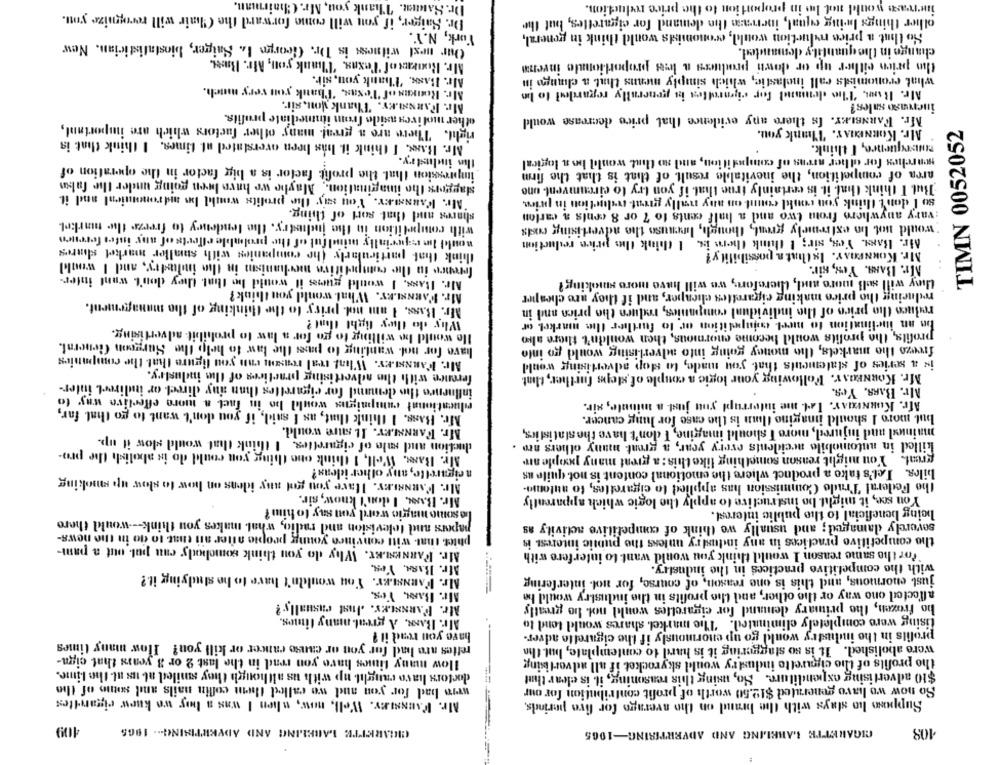
Dr. Saute. Thank you, Mr. Chairman.
increase would not Is in proportion to the price reduction.
Dr. Haiger, if you will come forward the Chair will recognize you.
other things being equal, increase the demand for cigarettes, but the
York, N.Y.
So that a price reduction would, economists would think in general,
Our next witness is Dr. George L. Saiger, biostatistician, New
change in the quantity demanded.
Mr. Rouras of Texas, Thank you, Mr. Bust.
the prien either up or down produces a less proportionale invera
Mr. Bass. 'Thank you, sir.
what economists call inelastic, which simply means that a change in
Mr. Roakas of Texas. Thank you very much.
Mfr. Ron, "The demand for cigarettes is generally regarded to be
Mr. FARNALEY. Thank you, sir.
inervaso sales?
other mol ivea aside from immediate profits.
Mr. FARNSLEY. Is there any evidence that price decrease would
right. There are a great many other factors which are important,
Mr. KORNEHAY. Thank you.
TIMN 0052052
Mr. Rsss. I think it has been overstated at times. I think that is
misequence, I think.
the industry.
searches for other areas of competition, and so that would be a logical
impression that the profit factor is a big factor in the operation of
area of competition, the inevitable result of that is that the firm
slaggers the imagination ., Maybe we have been going under the falsas
But I think that it is certainly true that if you try to circumvent une
"Mr. VARNsLEY. You siy the profits would be mdronesnienl and it
so I don't think you could count on any nally great reduction in price,
shares and that sort of thing.
:vary anywhere from two and a half cents fo 7 or 8 cents a carlon
with competition in the industry. the tendency to freeze the market
would not In extremely great, though, because the advertising costs
would lo especially mindful of the proloble effects of any inter fereuro
Air. Bars. Yes, sir; I think there is, I think the price reduction
think that particularly the companies with smaller market shares
Mr. KouNPOAY. Isthata possibility?
ference in the competitivo mechanism in the industry, and I would
Mr. BARS. Yes, Kir.
Mr. Bass, I would guess it would be that they don't want inter-
Umy will sull more and, therefore, we will have more sinking?
Mr. L'ARNSLEY. What would you think ?
reducing the price making cigarettes cheaper, and if they are cheaper
Mr. Bass, I am not. pricy to the thinking of the management.
reduce the price of the individual companies, reduce the price and in
Why do they fight that ?
be an inclination to meet cojapetition or to further the market or
He would be willing to go for a law to prohibit- advertising.
profits, the profits would become enormous, then wouldn't there alto
have for not wanting to pass the law to help the Surgeon General.
freeze the markets, the money going into advertising would go into
Mr. FARNELEY. What tval reasem enn you figure that the companies
is a series of statements that you made, to stop advertising would
ference with the advertising practices of the industry.
Mr. KORNEASY. Following your logic a couple of steps further, flat.
influence the demand for cigarettes than any direct or indirect, inter-
Mr. BARS, Yes.
plucationat campaigns wouldl ho in fact a more effective way to
Afr. KonNERAY. Let me interrupt you just a minute, sir.
Mr. Bass. I think that, as I said, if you don't want to go that far,
but more I shouldl imagino flan is the case for lung cancer.
Mr. FARNSLEY. IL Sure wouldl.
mained and injured, more I should imagine, I don't have the statistics,
duction and sale of cigarettes. I think that would slow it up.
killed in automobile accidents every year, a great many others are .
Mr. BANK. Well, I think one thing you could do is abolish the pro-
great. You might reason something like this: a great many people are
n cigarette, any other ideas?
biles. Let's take a product where the emotional content is not quite us
Mr. FaunaLey. Have you got any ideas on how to slow up smoking
the Federal Trade Commission has applied to cigarettes, to automa-
Mr. B.s. I don't know, sir.
You see, it might be instructive to apply the logic which apparently
be some magie word you say to him ?
being beneficial to the public interest.
papers and television and radio, what makes you think --- would there
severely damaged; and usually we think of competitive activity as
phiet, that will convince young people after all that to do in the news-
the competitive practices in any industry unless the public interest is
Mr. FARNESLEY. Why do you think somebody can put out a pam-
for the same reason I would think you would want to interfere with
Afr. BARA, Yes.
with the competitive practices in the industry.
Mr. BARNSLEY. You wouldn't have to ho studying it .?
just enormous, and this is one reason, of course, for not interfering
Afr. BARA, Yes.
affected one way or the other, and the profits in the industry would be
Mr. PARNALEY. . Just casually ?
ho frozen, the primary demand for cigarettes would not be greatly
Mr. BANK. A great many times.
tising were completely eliminated. The market shares would tend to
have you read il ?
profils in the industry would go up enormously if the cigarette adver-
rettes are had for you or canse cancer or kill you? How many times
were abolished. It is so staggering it is hard to contemplate, but the
How many times have you read in the last 2 or 3 years that ciga-
tho profits of the cigarette industry would skyrocket if all advertising
doctors havo caught up with us although they smiled at us ul the Lime.
$10 advertising expenditure. So, using this reasoning, it is clear that
wers bad for you and we called them coffin nails and ssone of the
So now wo have generated $12.50 worth of profit contribution for our
Alr. FAUNALEY. Well, now, when I was a boy wa karw cigarettes
Suppose ho stays with the brand on the average for five perinds,
CIGARETTE LABELING AND ADVERTISING -.. 1965
409
CIGARETTE LABELING AND ADVERTISING-1965
108